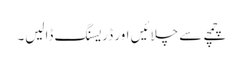
چمچے سے چلائیں اور ڈریسنگ ڈالیں۔